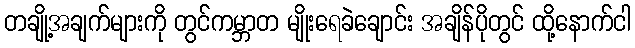
တချို့အချက်များကို တွင်ကမ္ဘာတ မျိုးရေခဲချောင်း အချိန်ပိုတွင် ထို့နောက်ငါ